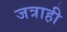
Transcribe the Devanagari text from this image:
जत्राही